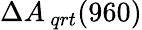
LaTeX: \Delta{{A_{\, qrt}}(960)}